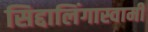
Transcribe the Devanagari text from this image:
सिद्दालिंगास्वामी